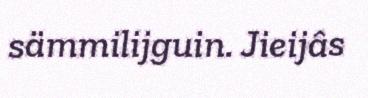
sämmilijguin. Jieijâs